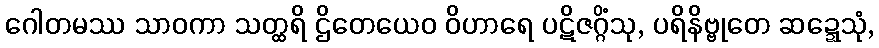
ဂေါတမဿ သာဝကာ သတ္ထရိ ဌိတေယေဝ ဝိဟာရေ ပဋိဇဂ္ဂိံသု, ပရိနိဗ္ဗုတေ ဆဍ္ဍေသုံ,